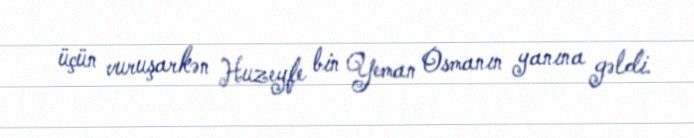
üçün vuruşarkən Huzeyfe bin Yeman Osmanın yanına gəldi.